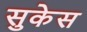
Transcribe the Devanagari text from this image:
सुकेस